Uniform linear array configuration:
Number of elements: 4
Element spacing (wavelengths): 0.5
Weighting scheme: uniform
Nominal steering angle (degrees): -15
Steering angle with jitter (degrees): -14.058
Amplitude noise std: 0.05
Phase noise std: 0.05

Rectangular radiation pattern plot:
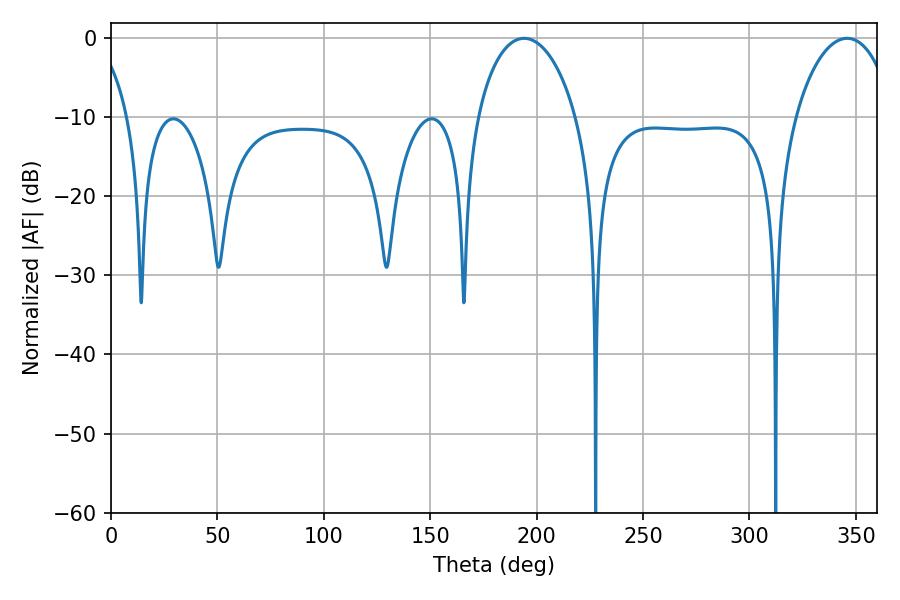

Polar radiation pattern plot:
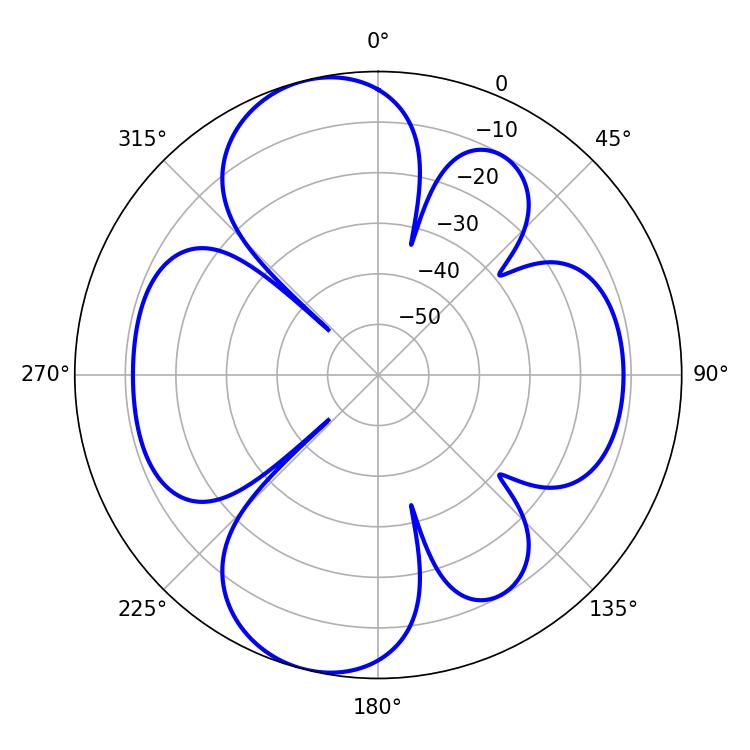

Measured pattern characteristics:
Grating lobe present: FALSE
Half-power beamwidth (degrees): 26.82
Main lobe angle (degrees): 194.04